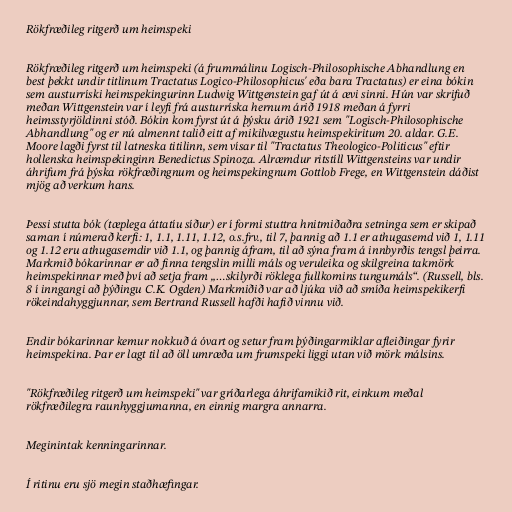
Rökfræðileg ritgerð um heimspeki

Rökfræðileg ritgerð um heimspeki (á frummálinu Logisch-Philosophische Abhandlung en
best þekkt undir titlinum Tractatus Logico-Philosophicus' eða bara Tractatus) er eina bókin
sem austurríski heimspekingurinn Ludwig Wittgenstein gaf út á ævi sinni. Hún var skrifuð
meðan Wittgenstein var í leyfi frá austurríska hernum árið 1918 meðan á fyrri
heimsstyrjöldinni stóð. Bókin kom fyrst út á þýsku árið 1921 sem "Logisch-Philosophische
Abhandlung" og er nú almennt talið eitt af mikilvægustu heimspekiritum 20. aldar. G.E.
Moore lagði fyrst til latneska titilinn, sem vísar til "Tractatus Theologico-Politicus" eftir
hollenska heimspekinginn Benedictus Spinoza. Alræmdur ritstíll Wittgensteins var undir
áhrifum frá þýska rökfræðingnum og heimspekingnum Gottlob Frege, en Wittgenstein dáðist
mjög að verkum hans.

Þessi stutta bók (tæplega áttatíu síður) er í formi stuttra hnitmiðaðra setninga sem er skipað
saman í númerað kerfi: 1, 1.1, 1.11, 1.12, o.s.frv., til 7, þannig að 1.1 er athugasemd við 1, 1.11
og 1.12 eru athugasemdir við 1.1, og þannig áfram, til að sýna fram á innbyrðis tengsl þeirra.
Markmið bókarinnar er að finna tengslin milli máls og veruleika og skilgreina takmörk
heimspekinnar með því að setja fram „…skilyrði röklega fullkomins tungumáls“. (Russell, bls.
8 í inngangi að þýðingu C.K. Ogden) Markmiðið var að ljúka við að smíða heimspekikerfi
rökeindahyggjunnar, sem Bertrand Russell hafði hafið vinnu við.

Endir bókarinnar kemur nokkuð á óvart og setur fram þýðingarmiklar afleiðingar fyrir
heimspekina. Þar er lagt til að öll umræða um frumspeki liggi utan við mörk málsins.

"Rökfræðileg ritgerð um heimspeki" var gríðarlega áhrifamikið rit, einkum meðal
rökfræðilegra raunhyggjumanna, en einnig margra annarra.

Meginintak kenningarinnar.

Í ritinu eru sjö megin staðhæfingar.